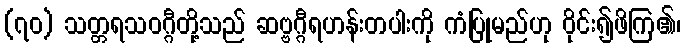
(၇၀) သတ္တရသဝဂ္ဂီတို့သည် ဆဗ္ဗဂ္ဂီရဟန်းတပါးကို ကံပြုမည်ဟု ဝိုင်း၍ဖိကြ၏၊